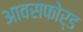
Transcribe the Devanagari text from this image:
आवसफोर्ड